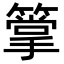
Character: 𥳶